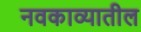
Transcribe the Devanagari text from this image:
नवकाव्यातील